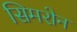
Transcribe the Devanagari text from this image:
सिमरोन